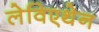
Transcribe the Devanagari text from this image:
लेविएथेन